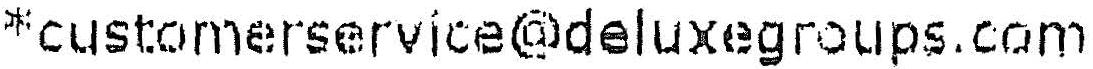
*CUSTOMERSERVICE@DELUXEGROUPS.COM